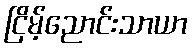
ငြိမ့်ညောင်းသာယာ